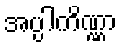
အပ္ပါကိဏ္ဏာ